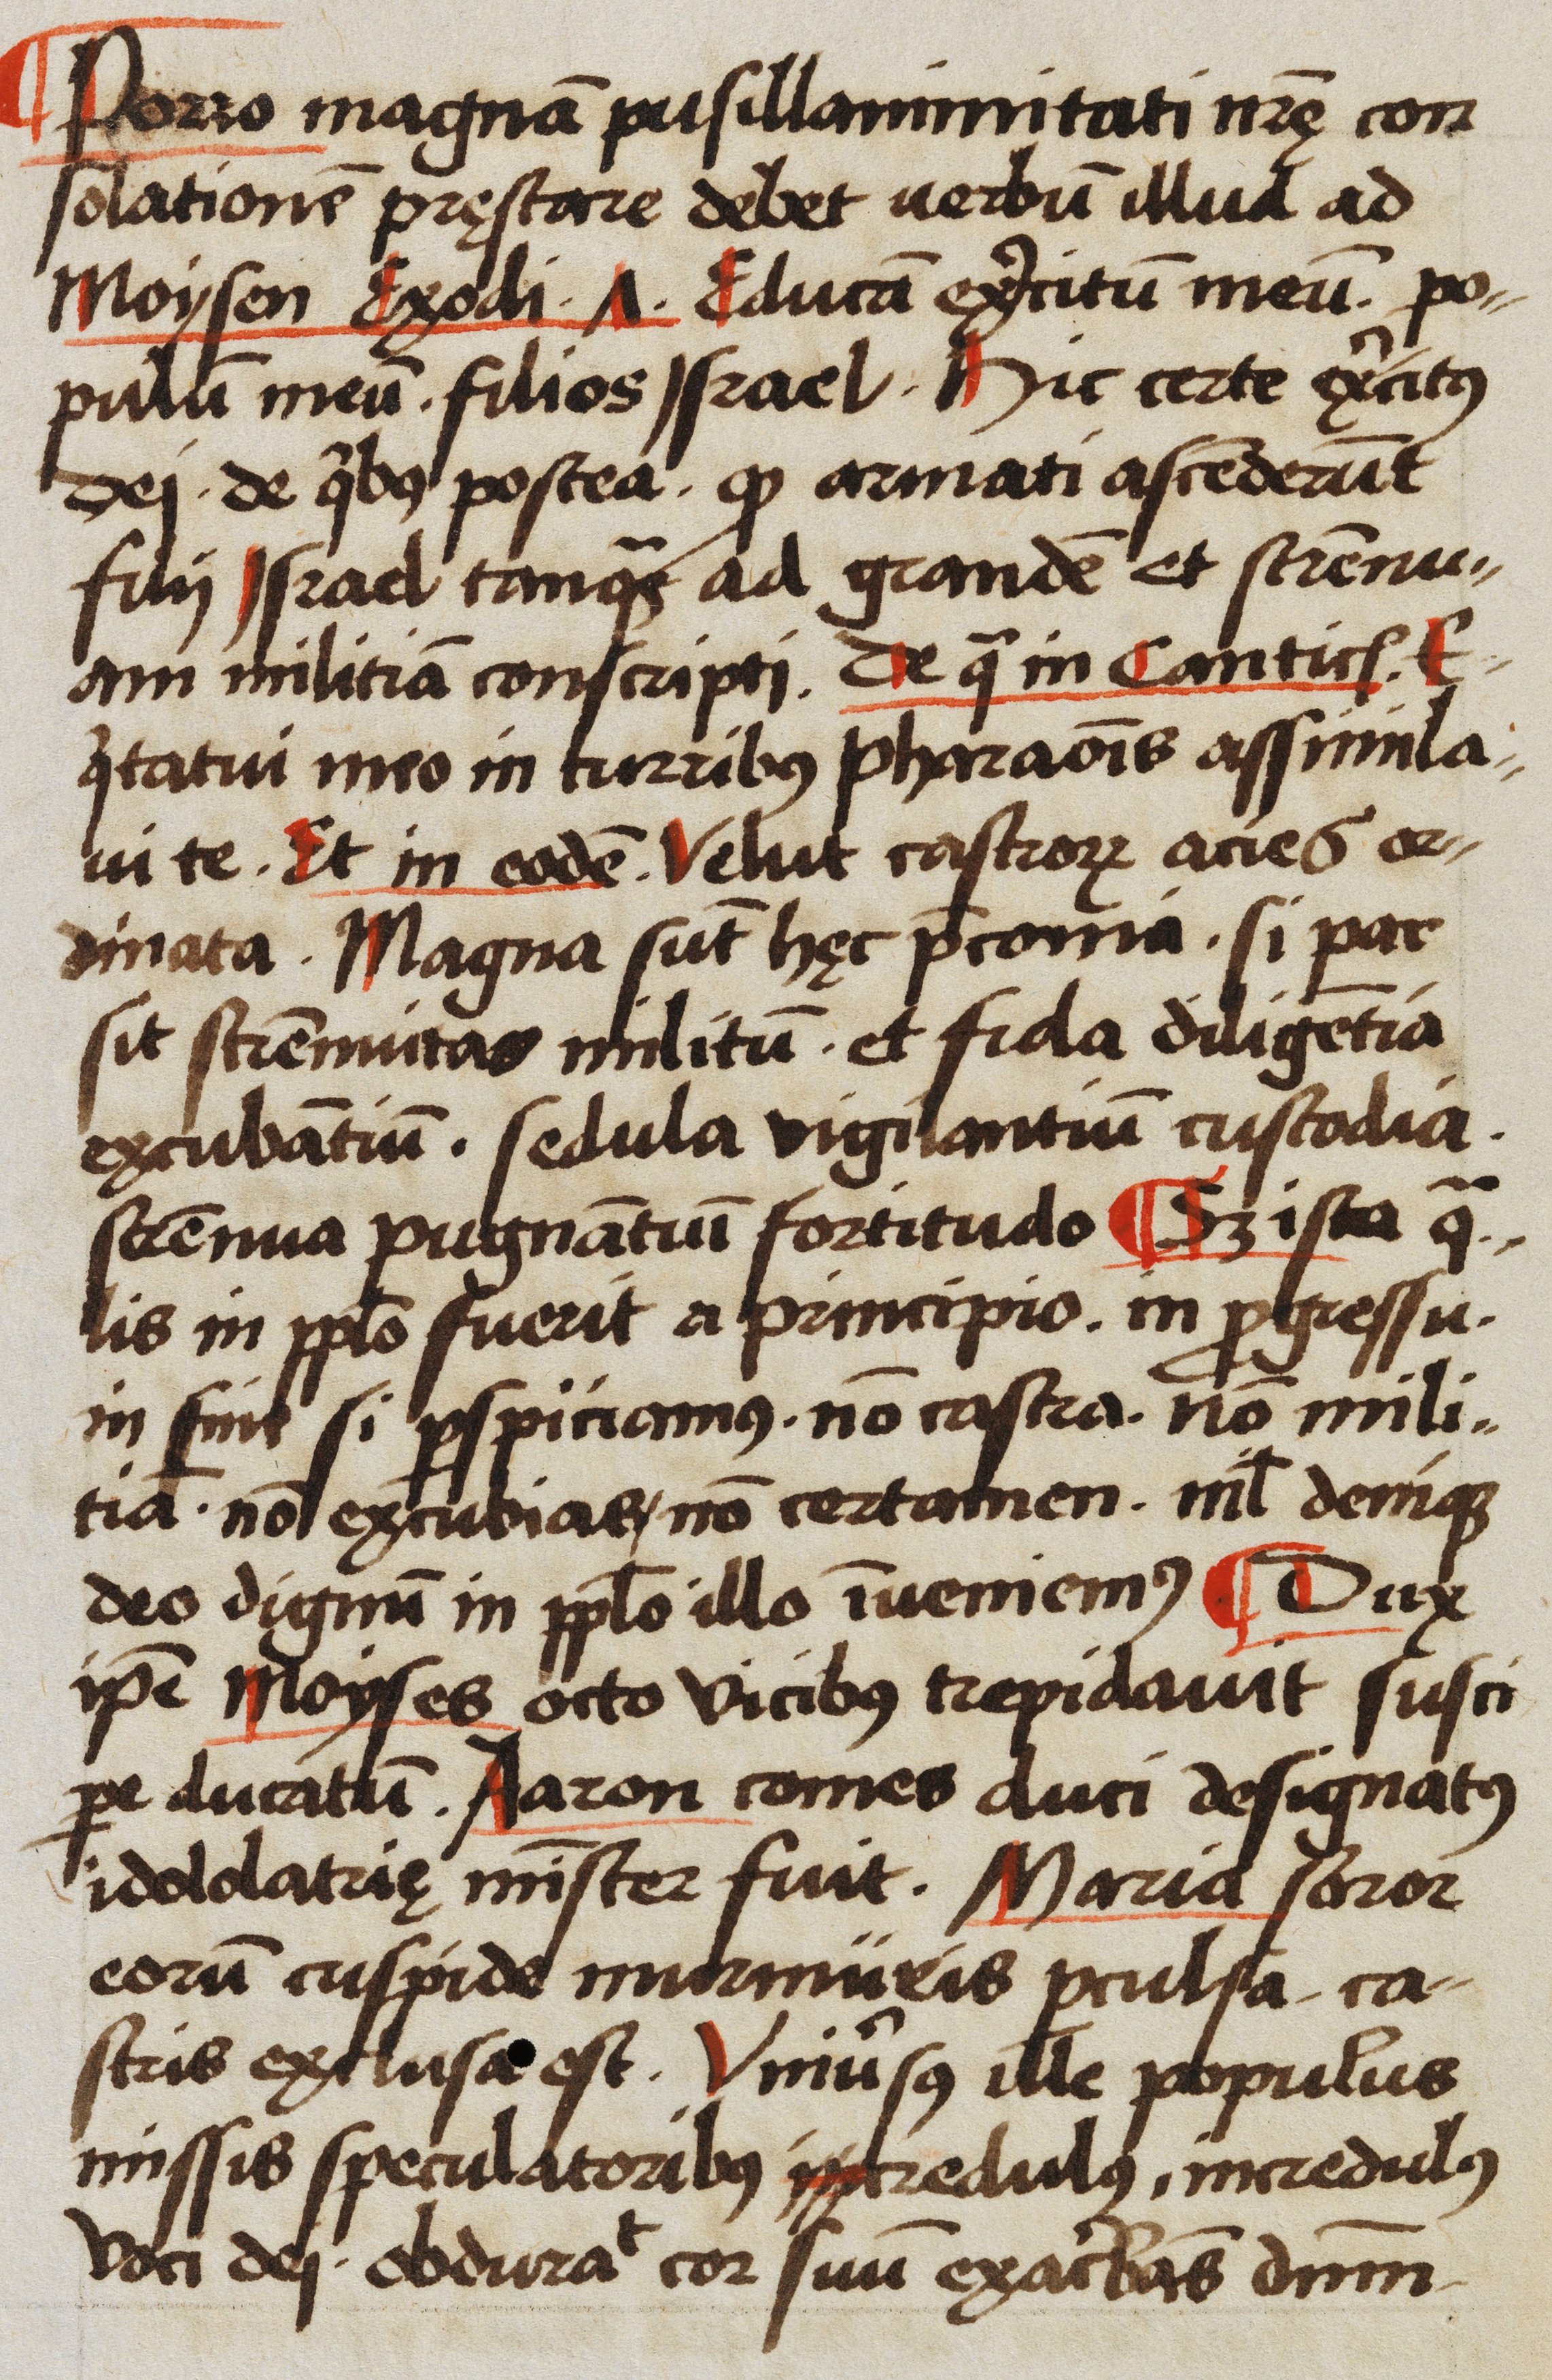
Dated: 1523–1523